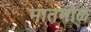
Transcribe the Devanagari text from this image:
मातमोळ